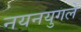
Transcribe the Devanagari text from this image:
नयनयुगले